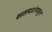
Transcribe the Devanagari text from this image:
शतपत्रांमधून